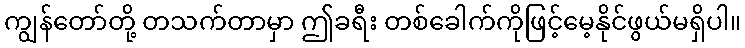
ကျွန်တော်တို့ တသက်တာမှာ ဤခရီး တစ်ခေါက်ကိုဖြင့်မေ့နိုင်ဖွယ်မရှိပါ။